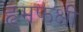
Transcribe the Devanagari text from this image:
हृमफक्षी